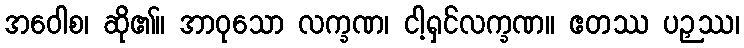
အဝေါစ၊ ဆို၏။ အာဝုသော လက္ခဏ၊ ငါ့ရှင်လက္ခဏ။ ဧတဿ ပဉှဿ၊